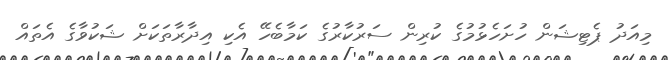
މިއަދު ޕެޓިޝަން ހުށަހެޅުމުގެ ކުރިން ސަރުކާރުގެ ކަމާބެހޭ އެކި އިދާރާތަކަށް ޝަކުވާގެ އެތައް